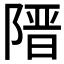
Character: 𮥔